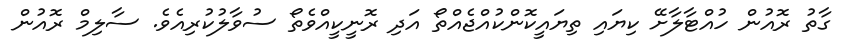
ގާތު ރޮއުން ހުއްޓާލާށޭ ކިޔައި ތިޔައީކޮންކުއްޖެއްތޯ އަދި ރޮނީކީއްވެތޯ ސުވާލުކުރިއެވެ. ސާލިމް ރޮއުން